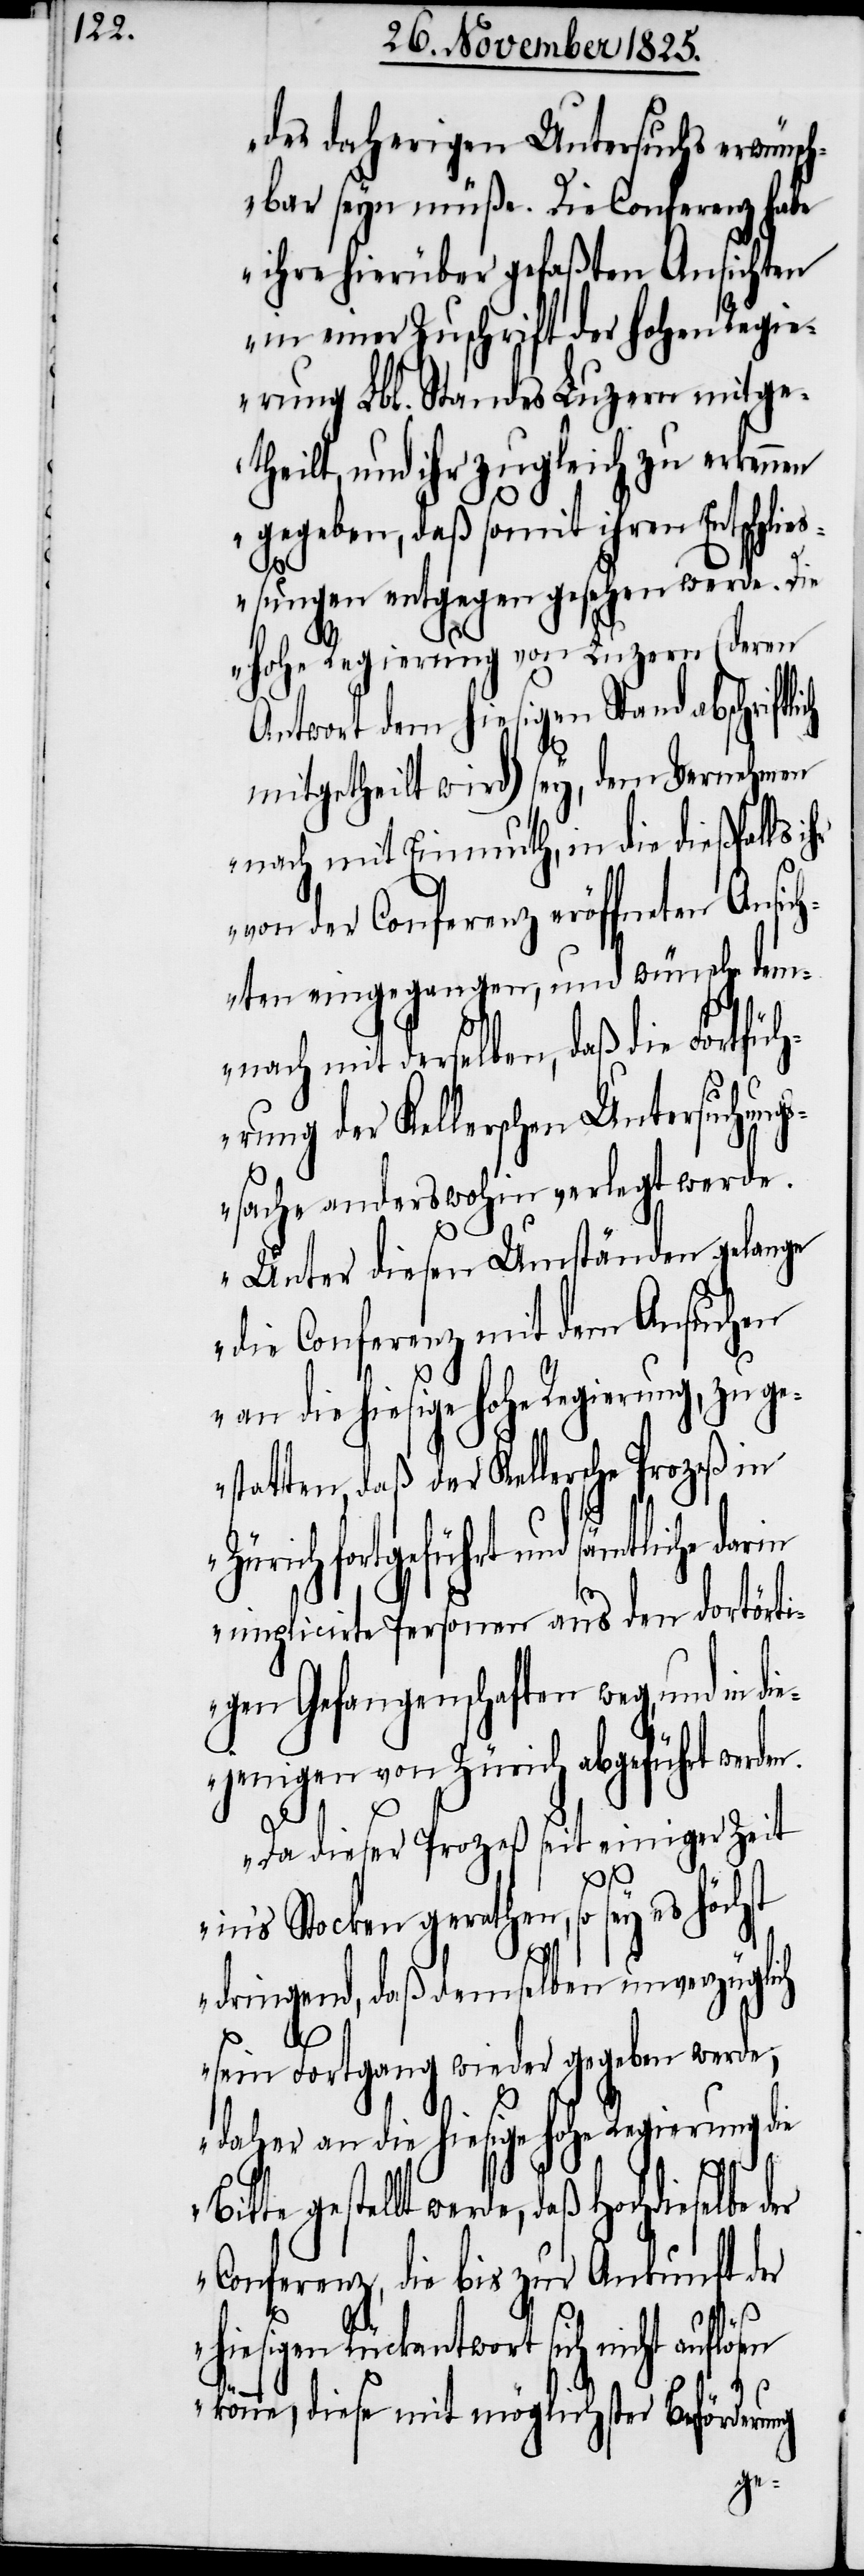
des daherigen Untersuchs erwünsch¬
bar seyn müße. Die Conferenz habe
ihre hierüber gefaßten Ansichten
in einer Zuschrift der hohen Regie¬
rung Lbl. Standes Luzern mitge¬
theilt, und ihr zugleich zu erkennen
gegeben, daß somit ihren Entschließ¬
lich
ungen entgegen gesehen werde. Die
hohe Regierung von Luzern (deren
Antwort dem hiesigen Stand abschrift¬
mitgetheilt wird) sey, dem Vernehmen
nach mit Einmuth, in die dießfalls
von der Conferenz eröffneten Ansich¬
ten eingegangen, und wünsche dem¬
nach mit derselben, daß die Fortfüh¬
rung der Kellerschen Untersuchung¬
ssache anderswohin verlegt werde.
Unter diesen Umständen gelange
die Conferenz mit dem Ansuchen
an die hiesige hohe Regierung, zu ge¬
statten, daß der Kellersche Prozeß in
Zürich fortgeführt und sämtliche
implicirte Personen aus dem dortörti¬
gen Gefangenschaften weg, und in di¬
ejenigen von Zürich abgeführt werden.
st
Da dieser Prozeß seit einiger Zeit
in‘s Stocken gerathen, so sey es höch¬
dringend, daß demselben unverzüglich
sein Fortgang wieder gegeben werde,
daher an die hiesige hohe Regierung die
gestellt werde, daß Hochdieselbe
Conferenz, die bis zur Ankunft der
hiesigen Rückantwort sich nicht
könne, diese mit möglichster Beförderung